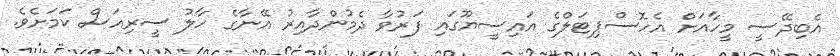
އެބިދޭސީ މީހާއަށް އެހޮސްޕިޓަލްގެ އައިސީޔޫގައި ފަރުވާ ދެމުންދާއިރު އޭނާގެ ހާލު ސީރިއަސް ކަމަށެވެ.